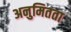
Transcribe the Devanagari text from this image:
अनुमितता